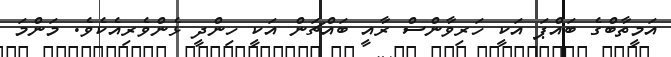
އަމީތާބްގެ ބައްޕަ އަކީ ހަރިވާންސް ރާއީ ބައްޗަން އަކީ ހިންދީ ޅެންވެރިއެކެވެ. މަންމަ